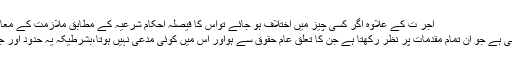
اجر ت کے علاوہ اگر کسی چیز میں اختلاف ہو جائے تواس کا فیصلہ احکام شرعیہ کے مطابق ملازمت کے معاہدے کو…	دفعہ نمبر 84:…
دفعہ نمبر 84: محتسب وہ قاضی ہے جو اُن تمام مقدمات پر نظر رکھتا ہے جن کا تعلق عام حقوق سے ہواور اس میں کوئی مدعی نہیں ہوتا،بشرطیکہ یہ حدود اور جنایات(جرائم) میں داخل نہ ہوں۔